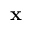
\mathbf { x }